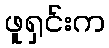
ဖူရှင်းက